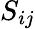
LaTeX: S_{ij}